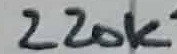
Text: 220K